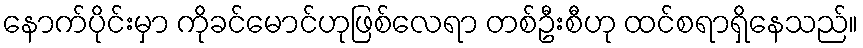
နောက်ပိုင်းမှာ ကိုခင်မောင်ဟုဖြစ်လေရာ တစ်ဦးစီဟု ထင်စရာရှိနေသည်။